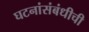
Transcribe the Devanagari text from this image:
घटनांसंबंधीची